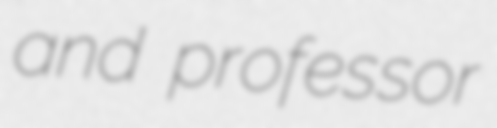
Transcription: and professor